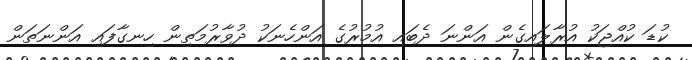
ކުޑަ ކުއްޖަކު އުރާލައިގެން އަންނަ ދެބައި އުމުރުގެ އަންހެނަކު ދުވާރުމަތިން ހިނގާފައި އަންނަތަން